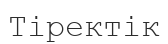
Тіректік